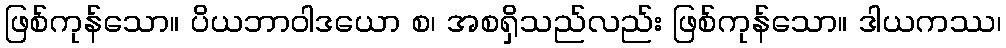
ဖြစ်ကုန်သော။ ပိယဘာဝါဒယော စ၊ အစရှိသည်လည်း ဖြစ်ကုန်သော။ ဒါယကဿ၊